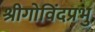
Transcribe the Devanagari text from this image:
श्रीगोविंदप्रभु